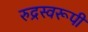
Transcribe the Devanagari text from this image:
रुद्रस्वरूपी